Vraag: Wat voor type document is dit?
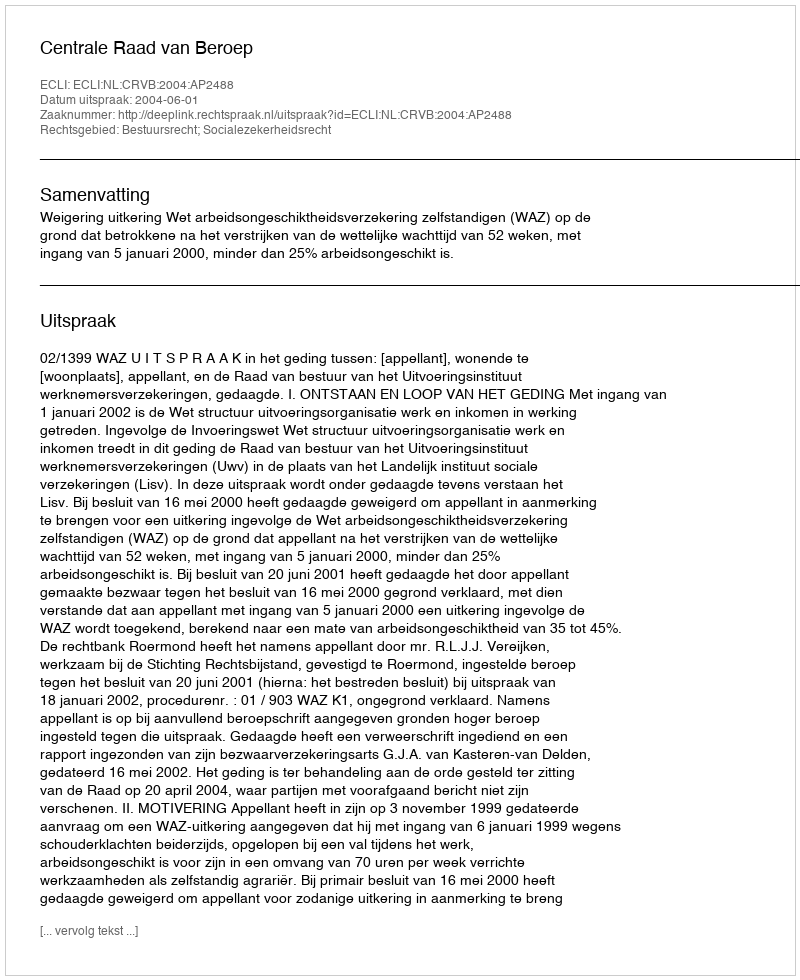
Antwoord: Uitspraak